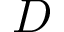
D